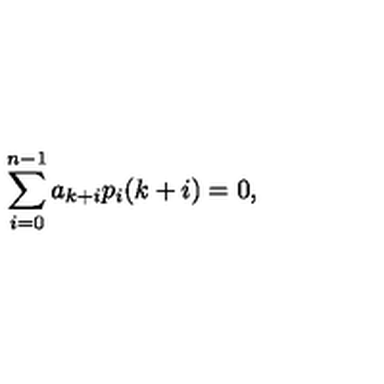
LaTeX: \sum _ { i = 0 } ^ { n - 1 } a _ { k + i } p _ { i } ( k + i ) = 0 ,